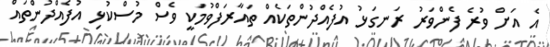
އެ އަށް ވުރެ ފެންވަރު ރަނގަޅު އުފެއްދުންތަކެއް ތައާރަފްވުމަކީ ވެސް މުސްކުޅި އުފެއްދުންތައް